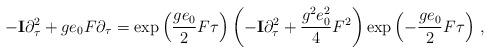
LaTeX: \begin{align*}-{\bf I}\partial\sb\tau\sp2+ge\sb0F\partial\sb\tau=\exp\left(\frac {ge\sb0}{2}F\tau\right)\left(-{\bf I}\partial\sb\tau\sp2+\frac{g\sp2e\sb0\sp2}{4}F\sp2\right)\exp\left(-\frac{ge\sb0}{2}F\tau\right)\,,\end{align*}